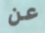
عن